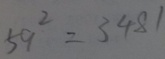
5 9 ^ { 2 } = 3 4 8 1